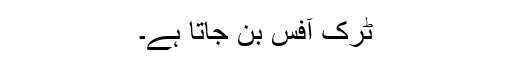
ٹرک آفس بن جاتا ہے۔